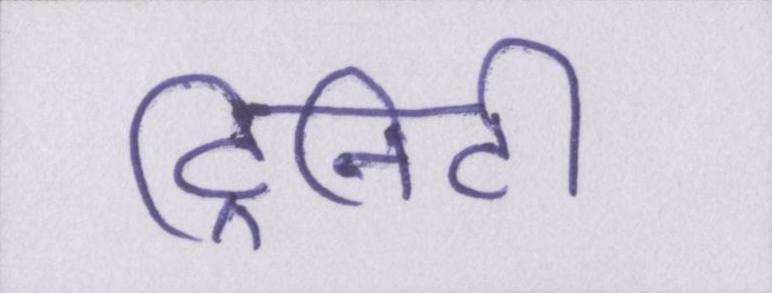
ट्रिनिटी